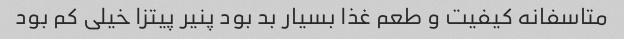
متاسفانه کیفیت و طعم غذا بسیار بد بود پنیر پیتزا خیلی کم بود